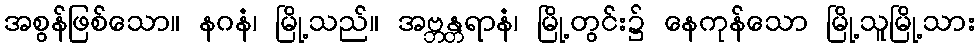
အစွန်ဖြစ်သော။ နဂနံ၊ မြို့သည်။ အဗ္ဘန္တရာနံ၊ မြို့တွင်း၌ နေကုန်သော မြို့သူမြို့သား